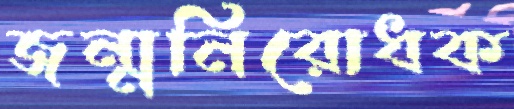
জন্মনিরোধক